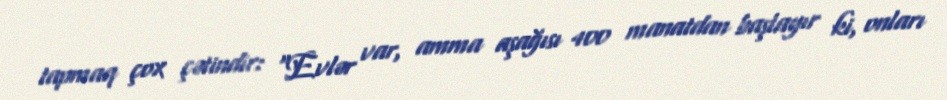
tapmaq çox çətindir: “Evlər var, amma aşağısı 400 manatdan başlayır ki, onları